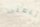
اتبعنى